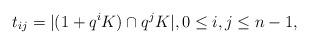
LaTeX: \begin{align*}t_{ij}=|(1+q^iK)\cap q^jK|,0\le i,j\le n-1,\end{align*}